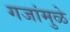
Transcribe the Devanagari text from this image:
गजांमुळे